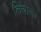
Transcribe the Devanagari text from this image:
लियाजा